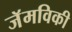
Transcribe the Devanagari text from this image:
जॅमविकी